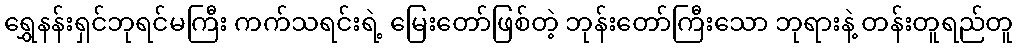
ရွှေနန်းရှင်ဘုရင်မကြီး ကက်သရင်းရဲ့ မြေးတော်ဖြစ်တဲ့ ဘုန်းတော်ကြီးသော ဘုရားနဲ့ တန်းတူရည်တူ